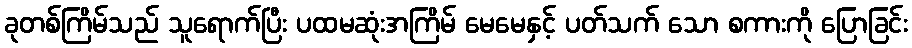
ခုတစ်ကြိမ်သည် သူရောက်ပြီး ပထမဆုံးအကြိမ် မေမေနှင့် ပတ်သက် သော စကားကို ပြောခြင်း